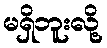
မရှိဘူးလို့